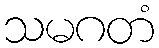
သမဂတံ